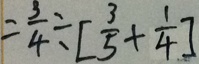
= \frac { 3 } { 4 } \div [ \frac { 3 } { 5 } + \frac { 1 } { 4 } ]